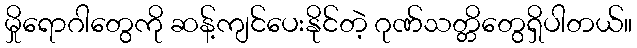
မှိုရောဂါတွေကို ဆန့်ကျင်ပေးနိုင်တဲ့ ဂုဏ်သတ္တိတွေရှိပါတယ်။